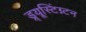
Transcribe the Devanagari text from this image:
ड्र्यूस्टिंग्न्टन